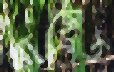
বাছেত